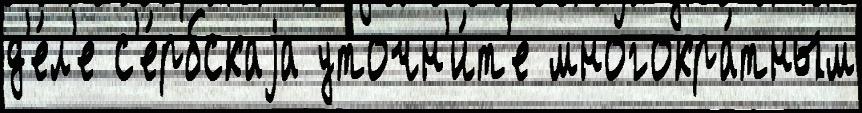
д'е́л'е с'е́рбскаjа уточн'и́т'е многокра́тным